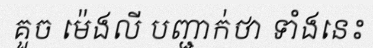
គួច ម៉េងលី បញ្ជាក់ថា ទាំងនេះ